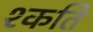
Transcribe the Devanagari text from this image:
श्कति